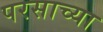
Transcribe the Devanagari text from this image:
परसाच्या